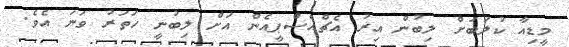
މީޑިއާ ކުލަބަށް ލިބުން އިރު އެޗްއެސްޕީއެން އަށް ލިބުނީ ހަތަރު ވަނަ އެވެ.